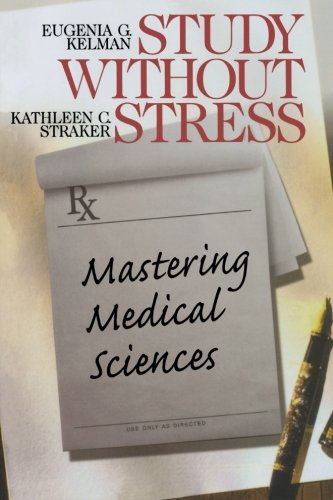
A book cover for Study Without Stress: Mastering Medical Sciences (Surviving Medical School Series); Eugenia G. Kelman; Education & Teaching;